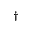
^ { \dagger }